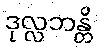
ဒုလ္လဘန္တိ